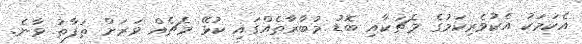
އެކަމަކު އެކުވެރިކަމުގެ މެޗަކާއި ބޮޑު މުބާރާތެއްގައި ކުޅޭ މެޗެއް ވަރަށް ތަފާތު ވާނެ.